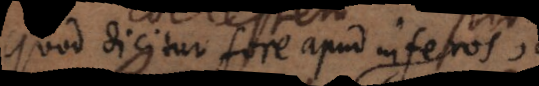
quod dicitur fore apud inferos,